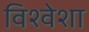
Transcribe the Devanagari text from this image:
विश्वेशा